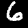
Digit: 6